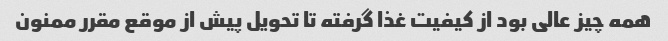
همه چیز عالی بود از کیفیت غذا گرفته تا تحویل پیش از موقع مقرر ممنون